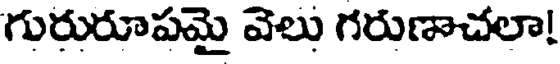
గురురూపమై వెలు గరుణాచలా!